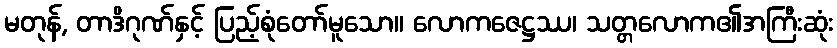
မတုန်, တာဒိဂုဏ်နှင့် ပြည့်စုံတော်မူသော။ လောကဇေဋ္ဌဿ၊ သတ္တလောက၏အကြီးဆုံး